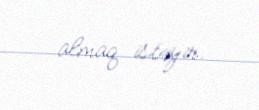
almaq istəyir.